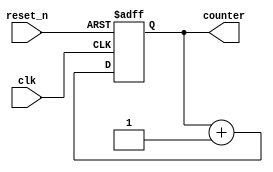

module counter_nbit 
    // Parameters section
    #( parameter CNT_WIDTH = 3)
    // Ports section
    (input clk,
    input reset_n,
    output reg [CNT_WIDTH-1:0] counter);
  
    // Use non-blocking assignment for sequential logic
    always @(posedge clk or negedge reset_n) begin
        if (!reset_n)
		    counter <= 0;
		else
		    counter <= counter + 1'b1;
    end  
  
endmodule


`timescale 1us/1ns
module tb_counter_nbit();
	
	// Testbench variables
	parameter CNT_WIDTH = 3;
    reg clk = 0;
    reg reset_n;
    wire [CNT_WIDTH-1:0] counter;
	
	// Instantiate the DUT
    counter_nbit 
        // Parameters section
        #(.CNT_WIDTH(CNT_WIDTH))
		    CNT_NBIT0
        // Ports section
        (.clk(clk),
         .reset_n(reset_n),
         .counter(counter));
	
	// Create the clock signal
	always begin
	    #0.5 clk = ~clk;
	end
	
    // Create stimulus	  
    initial begin	 
        $monitor($time, " counter = %d", counter);	
	    #1  ; reset_n = 0; 	// apply reset
		#1.2; reset_n = 1;  // release reset
	end
	
    // This will stop the simulator when the time expires
    initial begin
        #20 $stop;
    end  
endmodule